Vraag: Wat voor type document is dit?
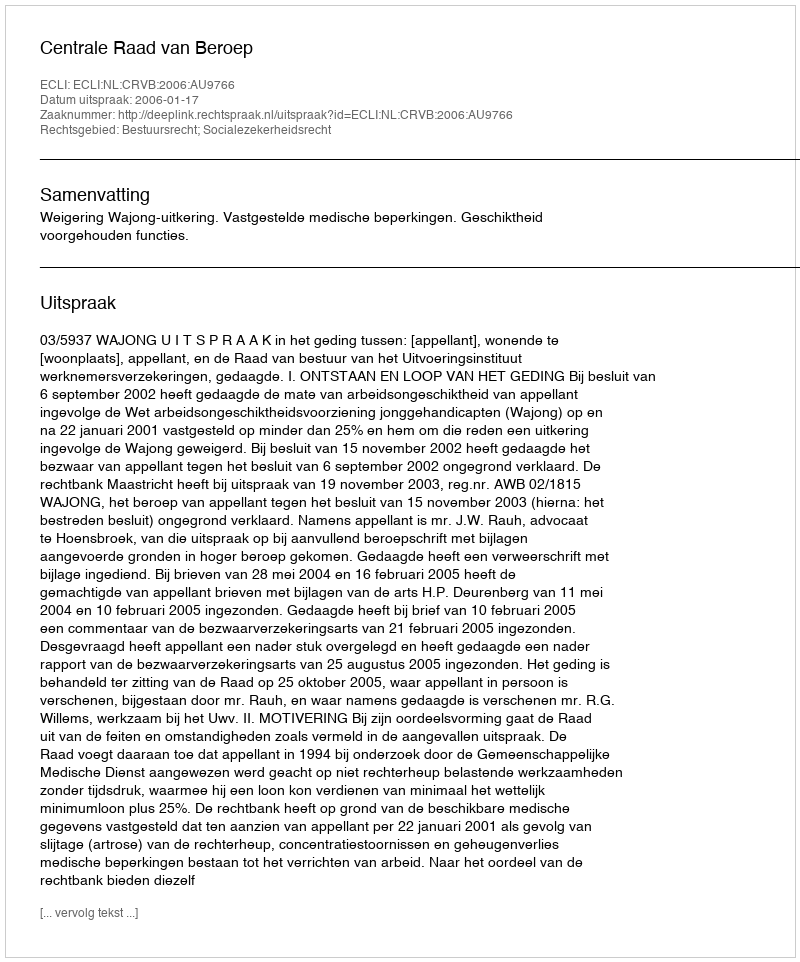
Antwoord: Uitspraak